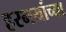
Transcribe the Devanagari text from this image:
हरभर्याच्या